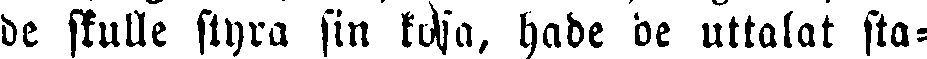
de skulle styra sin kusa, hade de uttalat sta-